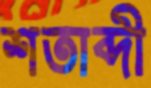
শতাব্দী